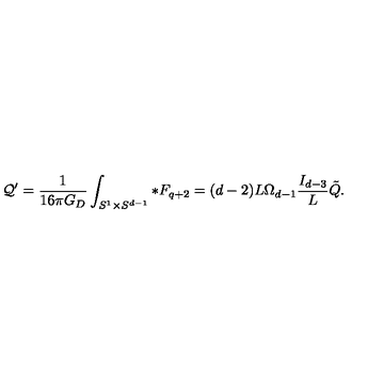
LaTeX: { \cal Q } ^ { \prime } = { \frac { 1 } { 1 6 \pi G _ { D } } } \int _ { S ^ { 1 } \times S ^ { d - 1 } } * F _ { q + 2 } = ( d - 2 ) L \Omega _ { d - 1 } { \frac { I _ { d - 3 } } { L } } \tilde { Q } .